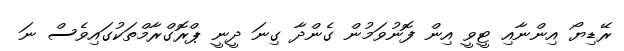
ރޭޑިޔޯ އިންނާއި ޓީވީ އިން ފޮނުވަމުން ގެންދާ ގިނަ ދީނީ ޕްރޮގްރާމްތަކުގައިވެސް ނަ